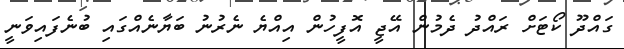
ގައްދޫ ކޯޓަށް ރައްދު ދެމުން އޭޖީ އޮފީހުން އިއްޔެ ނެރުނު ބަޔާނެއްގައި ބުނެފައިވަނީ